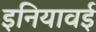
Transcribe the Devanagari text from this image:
इनियावई